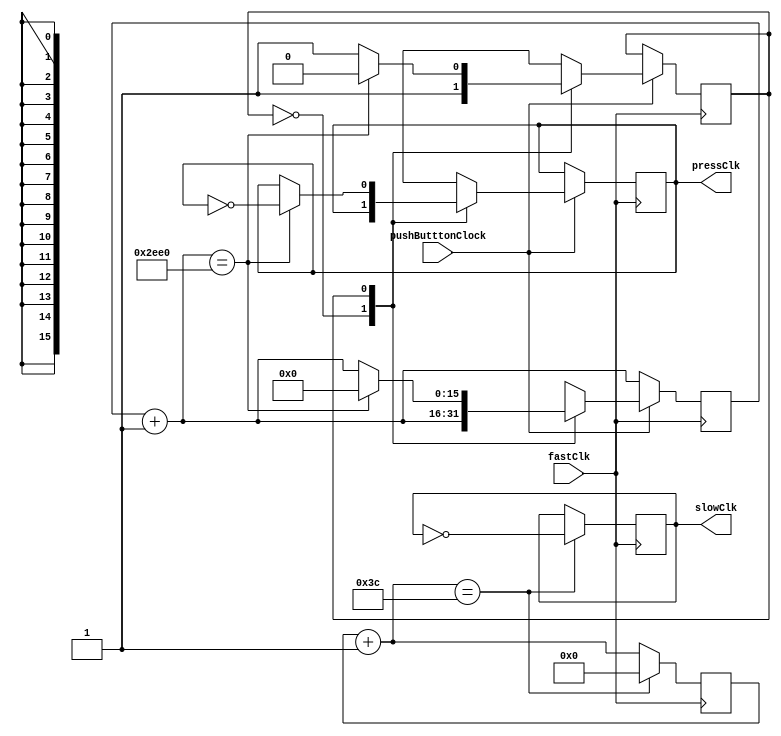
// This program was cloned from: https://github.com/jasonkaufmann/ice40FPGAProjects
// License: MIT License


/*This is a clock with a halt signal, depending on the mode
we will use the internal clock or an external pushbutton clock */

module clock (
    input pushButttonClock,
    input fastClk, //this clock is 12MHz
    output reg slowClk = 0,
    output reg pressClk = 0 );

/*the slow clock should go every second
and once enter cycle is two transitions so LOW --> HIGH --> LOW */
localparam maxCount = 60; 

//debouce for 1ms, should be long enough
localparam maxDebounceCount = 12000;

//state variable for the state machine
reg state = 1'b0;

//counters
reg [15:0] debounceCount = 0;
reg [31:0] count = 0;

always @(posedge fastClk) begin
    count = count + 1; //increment the counter
    debounceCount = debounceCount + 1;
    if (count == maxCount) begin
        slowClk = ~slowClk; //toggle the clock
        count = 0; //reset the coutner
    end
    if (pushButttonClock == 1'b1) begin
        case (state)
            1'b0: begin
                state = 1'b1;
            end
            1'b1: begin
                if(debounceCount == maxDebounceCount) begin
                    state = 1'b0;
                    debounceCount = 1'b0;
                    pressClk = ~pressClk;
                end
            end
        endcase
    end
end

/* if clockChooser is LOW, then use the internal slowClock but if it's HIGH then use the pushbutton lock
but if the halt signal is 1 then stop the clock. */
//clk = (clockChooser ? slowClk : pressClk) & !halt;

endmodule